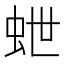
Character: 𮓽